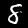
Label: 8